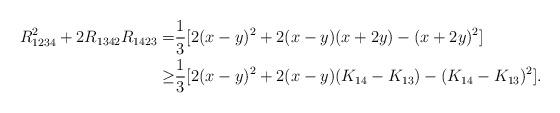
LaTeX: \begin{align*}R_{1234}^2 + 2 R_{1342} R_{1423}=& \frac 13 [ 2(x-y)^2 + 2(x-y)(x+2y) - (x+2y)^2 ]\\\ge& \frac 13 [ 2(x-y)^2 + 2(x-y)(K_{14}-K_{13}) - (K_{14}-K_{13})^2 ].\\\end{align*}